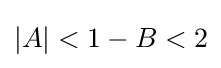
|A|<1-B<2